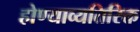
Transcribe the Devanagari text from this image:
होण्याव्यतिरिक्त